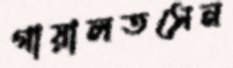
গায়ালতসেন